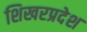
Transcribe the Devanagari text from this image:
शिखरप्रदेश